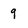
Character: q